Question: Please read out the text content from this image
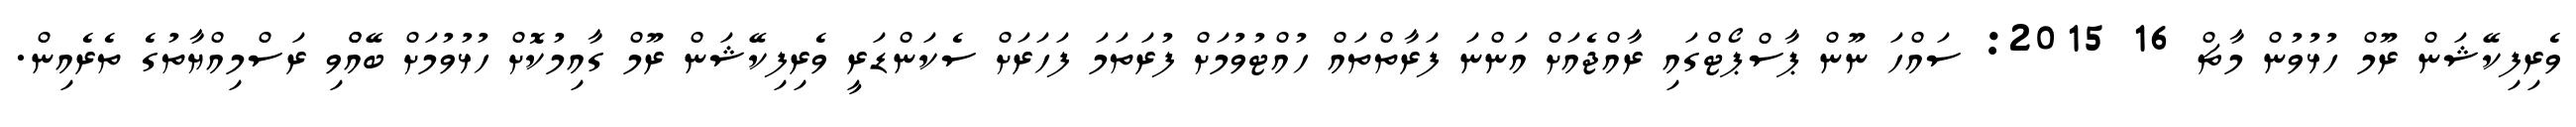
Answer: ވެރިފިކޭޝަން ރޫމް ހުޅުވުން މާޗް 16 2015: ސައްހަ ނޫން ޕާސްޕޯޓްގައި ރާއްޖެއަށް އަންނަ ފަރާތްތައް ހުއްޓުވުމަށް ފުރަތަމަ ފަހަރަށް ސެކަންޑަރީ ވެރިފިކޭޝަން ރޫމް ގާއިމުކޮށް ހުޅުވުމަށް ބޭއްްވި ރަސްމިއްޔާތުގެ ތެރެއިން.